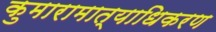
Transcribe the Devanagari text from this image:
कुमारामात्याधिकरण